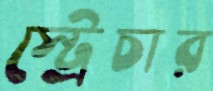
স্ট্রেচার